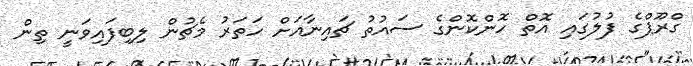
ގްރޫޕްގެ ފުލުގައި އޮތް ހޮންކޮންގެ ސައުތު ޗައިނާއަށް ހަތަރު މެޗުން ލިބިފައިވަނީ ތިން